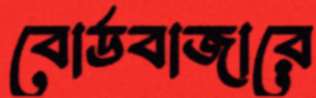
বোর্ডবাজারে